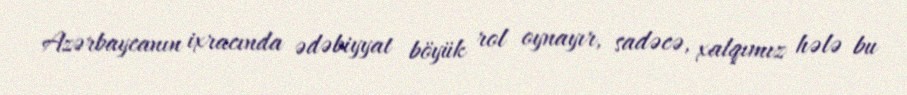
Azərbaycanın ixracında ədəbiyyat böyük rol oynayır, sadəcə, xalqımız hələ bu